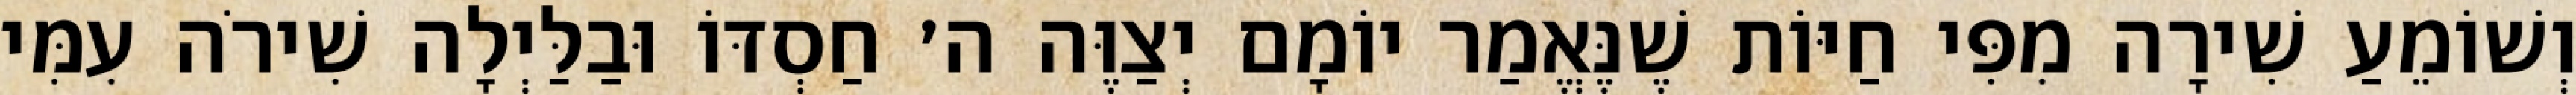
וְשׁוֹמֵעַ שִׁירָה מִפִּי חַיּוֹת שֶׁנֶּאֱמַר יוֹמָם יְצַוֶּה ה׳ חַסְדּוֹ וּבַלַּיְלָה שִׁירֹה עִמִּי